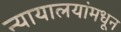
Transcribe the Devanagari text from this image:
न्यायालयांमधून